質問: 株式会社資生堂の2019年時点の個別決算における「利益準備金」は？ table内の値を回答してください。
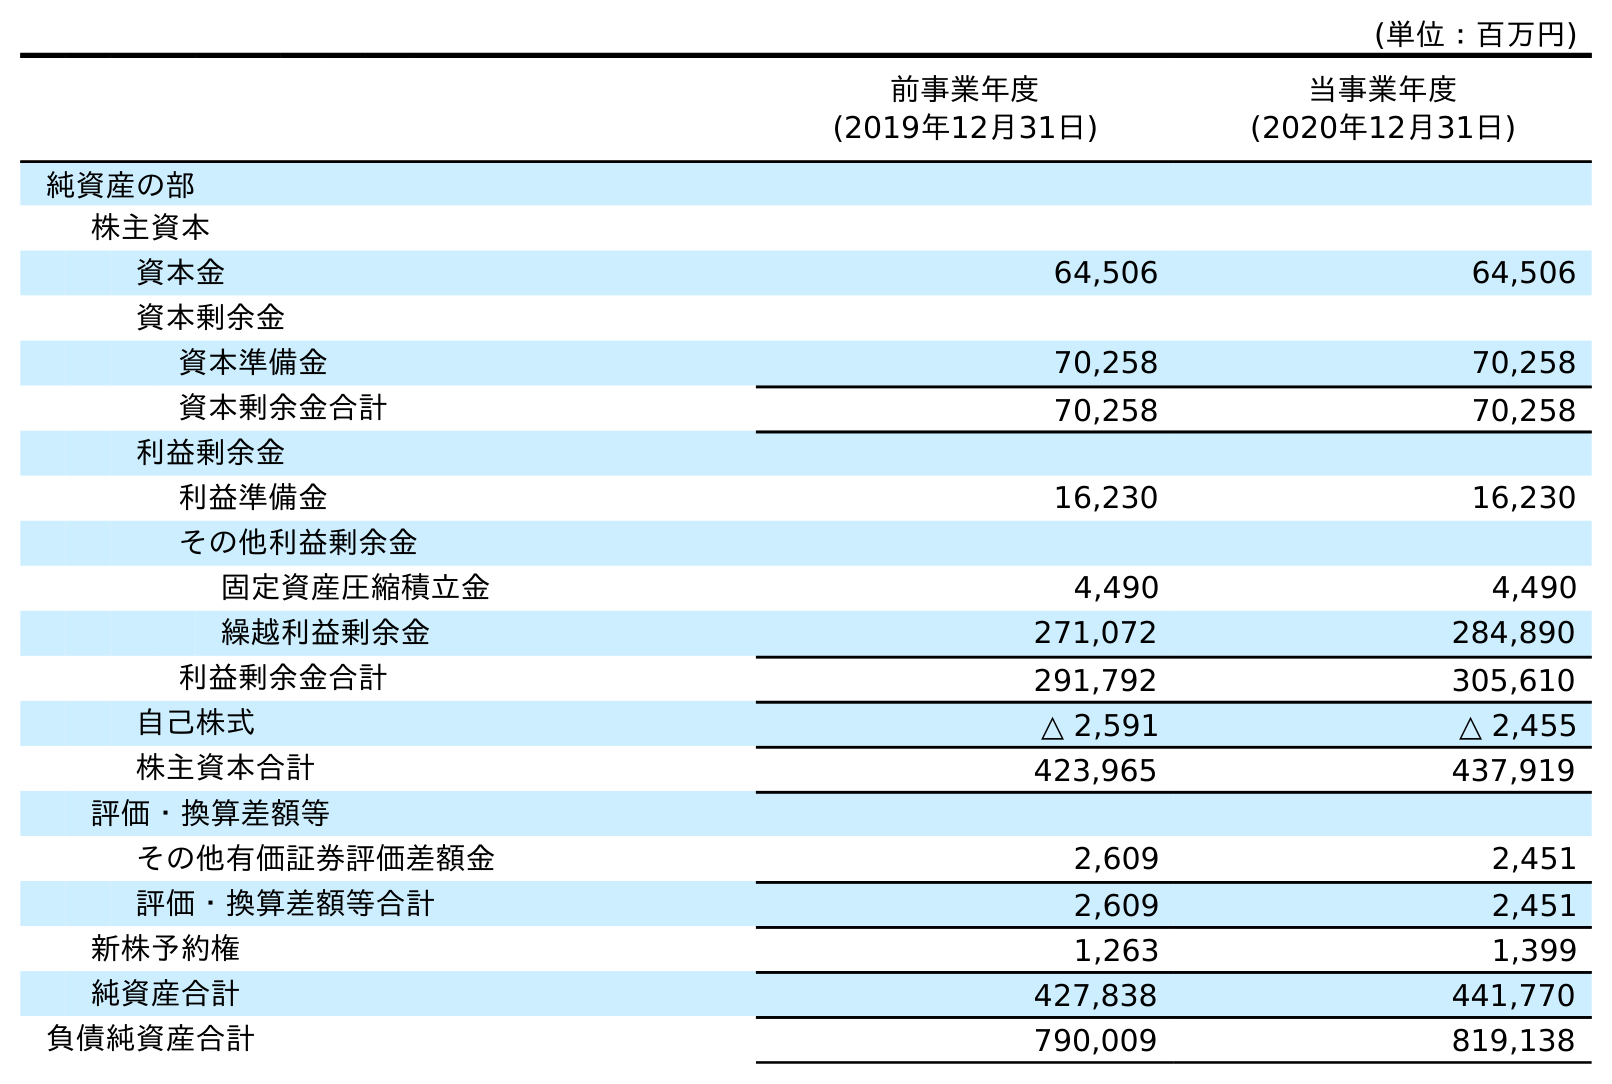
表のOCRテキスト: (単位：百万円) 前事業年度 (2019年12月31日) 当事業年度 (2020年12月31日) 純資産の部 株主資本 資本金 64,506 64,506 資本剰余金 資本準備金 70,258 70,258 資本剰余金合計 70,258 70,258 利益剰余金 利益準備金 16,230 16,230 その他利益剰余金 固定資産圧縮積立金 4,490 4,490 繰越利益剰余金 271,072 284,890 利益剰余金合計 291,792 305,610 自己株式 △ 2,591 △ 2,455 株主資本合計 423,965 437,919 評価・換算差額等 その他有価証券評価差額金 2,609 2,451 評価・換算差額等合計 2,609 2,451 新株予約権 1,263 1,399 純資産合計 427,838 441,770 負債純資産合計 790,009 819,138
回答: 16,230